Civil Veterinary Department. Madras. Admin. report 1926-33 - 1926-1933
Year: 1926
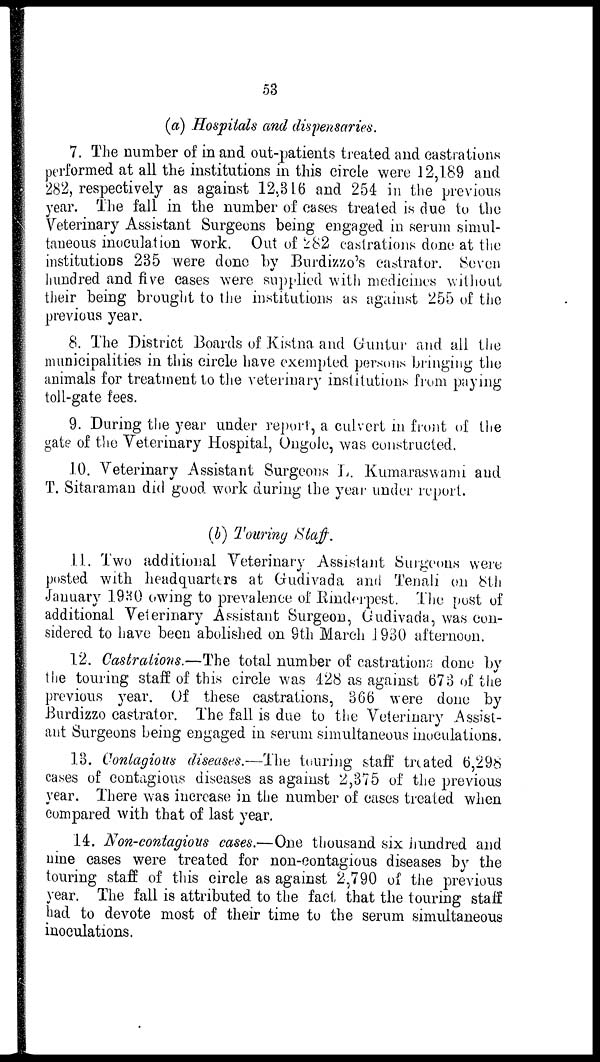
53
(a) Hospitals and dispensaries.
7. The number of in and out-patients treated and castrations
performed at all the institutions in this circle were 12,189 and
282, respectively as against 12,316 and 254 in the previous
year. The fall in the number of cases treated is due to the
Veterinary Assistant Surgeons being engaged in serum simul-
taneous inoculation work. Out of 282 castrations done at the
institutions 235 were done by Burdizzo's castrator. Seven
hundred and five cases were supplied with medicines without
their being brought to the institutions as against 255 of the
previous year.
8. The District Boards of Kistna and Guntur and all the
municipalities in this circle have exempted persons bringing the
animals for treatment to the veterinary institutions from paying
toll-gate fees.
9. During the year under report, a culvert in front of the
gate of the Veterinary Hospital, Ongole, was constructed.
10. Veterinary Assistant Surgeons L. Kumaraswami and
T. Sitaraman did good work during the year under report.
(b) Touring Staff .
11. Two additional Veterinary Assistant Surgeons were
posted with headquarters at Gudivada and Tenali on 8th
January 1930 owing to prevalence of Rinderpest. The post of
additional Veterinary Assistant Surgeon, Gudivada, was con-
sidered to have been abolished on 9th March 1930 afternoon.
12. Castrations.—The total number of castrations done by
the touring staff of this circle was 428 as against 673 of the
previous year. Of these castrations, 366 were done by
Burdizzo castrator. The fall is due to the Veterinary Assist-
ant Surgeons being engaged in serum simultaneous inoculations.
13. Contagious diseases.—The touring staff treated 6,298
cases of contagious diseases as against 2,375 of the previous
year. There was increase in the number of cases treated when
compared with that of last year.
14. Non-contagious cases.—One thousand six hundred and
nine cases were treated for non-contagious diseases by the
touring staff of this circle as against 2,790 of the previous
year. The fall is attributed to the fact that the touring staff
had to devote most of their time to the serum simultaneous
inoculations.